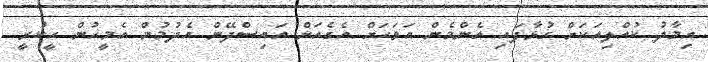
އިމާދު ކުއްލިއަކަށް ގުޅާފައި އެންމެން އަވަހަށް އެގެއަށް އައިސްދޭން އެދުމުން އެމީހުން ހީކުރީ